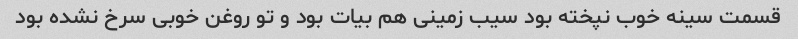
قسمت سینه خوب نپخته بود سیب زمینی هم بیات بود و تو روغن خوبی سرخ نشده بود